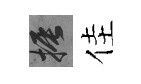
振佳